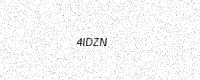
Text: 4IDZN